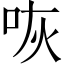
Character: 咴